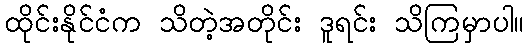
ထိုင်းနိုင်ငံက သိတဲ့အတိုင်း ဒူရင်း သိကြမှာပါ။